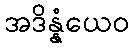
အဒိန္နံယေဝ